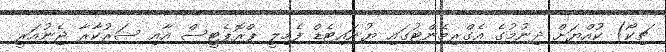
ޗިކޯ) ކުއްޔަށް ދިނުމުގެ އެގްރިމެންޓުގައި ޔުނައިޓެޑް ފެމިލީ ޕްރޮޕެޓީސް އާއި ސަރުކާރާ ޖެނުއަރީ